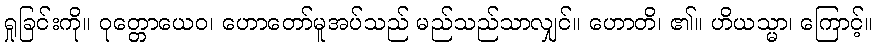
ရှုခြင်းကို။ ဝုတ္တောယေဝ၊ ဟောတော်မူအပ်သည် မည်သည်သာလျှင်။ ဟောတိ၊ ၏။ ဟိယသ္မာ၊ ကြောင့်။